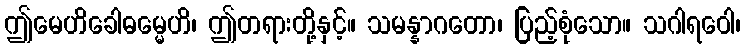
ဤမေဟိခေါဓမ္မေဟိ၊ ဤတရားတို့နှင့်။ သမန္နာဂတော၊ ပြည့်စုံသော။ သဂါရဝေါ၊